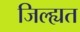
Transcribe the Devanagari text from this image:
जिल्ह्यत